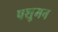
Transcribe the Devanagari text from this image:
पशुमन